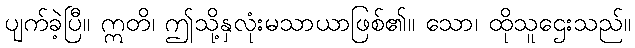
ပျက်ခဲ့ပြီ။ ဣတိ၊ ဤသို့နှလုံးမသာယာဖြစ်၏။ သော၊ ထိုသူဌေးသည်။